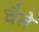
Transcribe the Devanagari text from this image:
चैते